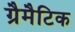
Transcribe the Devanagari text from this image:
ग्रैमैटिक